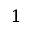
^ 1